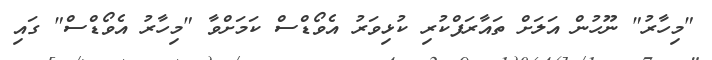
"މިހާރު" ނޫހުން އަލަށް ތައާރަފްކުރި ކުޅިވަރު އެވޯޑްސް ކަމަށްވާ "މިހާރު އެވޯޑްސް" ގައި